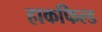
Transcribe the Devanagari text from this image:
हाकफिल्ड